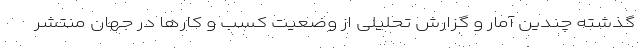
گذشته چندین آمار و گزارش‌ تحلیلی از وضعیت کسب و کارها در جهان منتشر